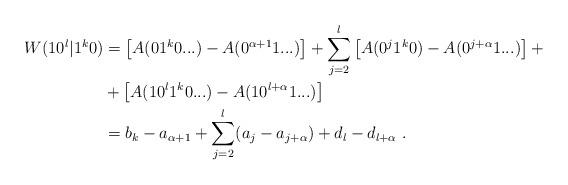
LaTeX: \begin{align*}W( 10^l | 1^k0 ) &= \left[ A(01^k0...) - A(0^{\alpha+1} 1 ...) \right] + \sum_{j=2}^l \left[ A(0^{j}1^k0) - A(0^{j+\alpha}1...) \right] + \\&+ \left[ A(10^l1^k0...) - A(10^{l+\alpha}1...) \right] \\&= b_k - a_{\alpha+1} + \sum_{j=2}^l (a_j - a_{j+\alpha}) + d_l - d_{l+\alpha} \ .\end{align*}